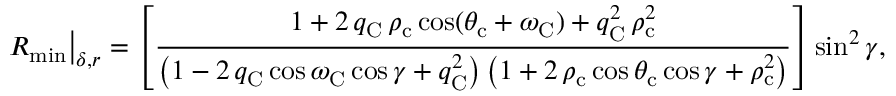
\left. R _ { \mathrm { m i n } } \right| _ { \delta , r } = \left[ \frac { 1 + 2 \, q _ { \mathrm { C } } \, \rho _ { \mathrm { c } } \cos ( \theta _ { \mathrm { c } } + \omega _ { \mathrm { C } } ) + q _ { \mathrm { C } } ^ { 2 } \, \rho _ { \mathrm { c } } ^ { 2 } } { \left( 1 - 2 \, q _ { \mathrm { C } } \cos \omega _ { \mathrm { C } } \cos \gamma + q _ { \mathrm { C } } ^ { 2 } \right) \left( 1 + 2 \, \rho _ { \mathrm { c } } \cos \theta _ { \mathrm { c } } \cos \gamma + \rho _ { \mathrm { c } } ^ { 2 } \right) } \right] \sin ^ { 2 } \gamma ,